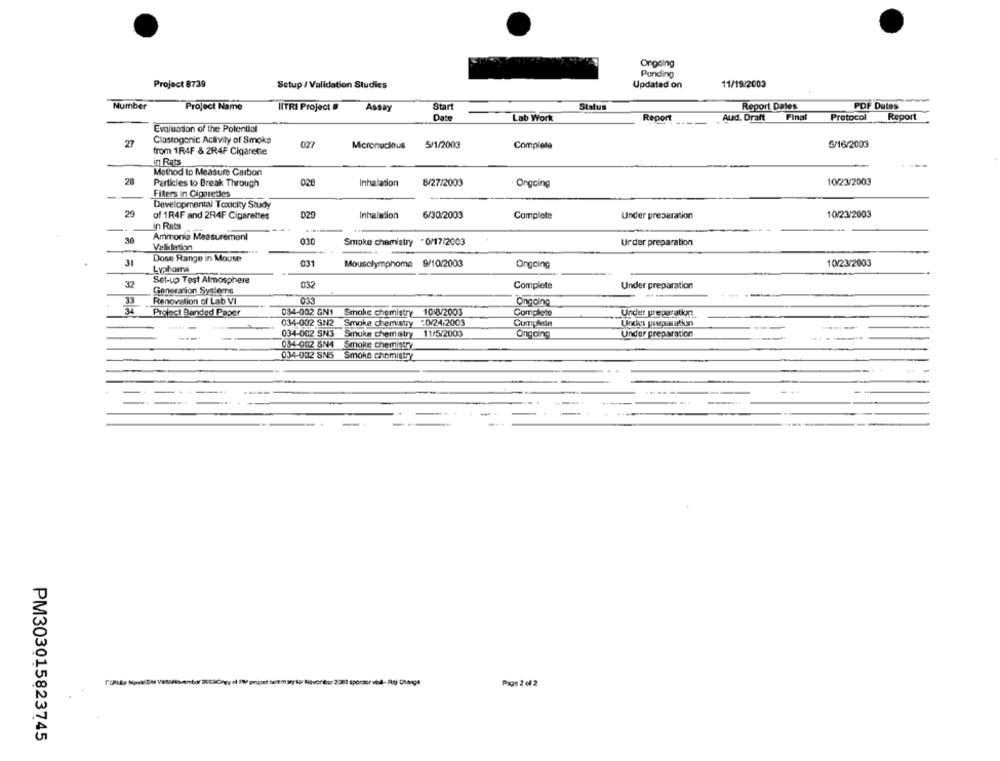
Ongoing
Ponding
Project 8739
Setup / Validation Studies
11/19/2003
Updated on
Number
Project Name
HITRI Project »
Start
Status
Report Dates
PDF Dates
Assay
Date
Lab Work
Report
Aud. Draft
Final
Protocol
Report
Evaluation of the Potential
27
Clastogonic Activity of Smoke
027
Micronucleus
5/1/2003
Complete
5/16/2003
from 1R4F & 2R4F Cigarette
in Rats
----
Method to Measure Carbon
28
Particles to Break Through
028
Inhalation
8/27/2003
10/23/2003
Ongoing
Filers in Cigarettes
Developmental Toxicity Study
29
029
6/30.2003
10/23/2003
of 1R4F and 2R4F Cigarettes
Inhalation
Complete
Under preparation
in Rats
Ammonia Measurement
30
030
Smoke chemistry *0/17/2003
Urder preparation
Validation
Dose Range in Mouse
31
031
Mousclymphome 9/10/2003
Ongoing
10/23/2003
Lyphoma
Set-up Test Atmosphere
32
Generation Systems
032
Complete
Under preparation
---
33
Renovation of Lab VI
Ongoing
34
Project Banded Paper
034-002 GN1
Smoke chemistry 10/8/2003
Complete
Under preparation
034-002 SN2
Smoke chemistry -0/24/2003
Cumplete
Under preparation
034-002 SN3
Smoke chemistry
11/5/2003
Ongoing
Under preparation
---
034-002 8NA
Smoke chemistry
034-002 SN5
Smoke chemistry
--
Page 2 of 2
PM303015823745